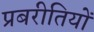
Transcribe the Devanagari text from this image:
प्रबरीतियों